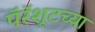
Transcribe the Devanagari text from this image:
पॅरॅशूटच्या